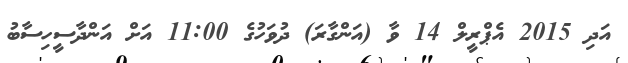
އަދި 2015 އެޕްރީލް 14 ވާ (އަންގާރަ) ދުވަހުގެ 11:00 އަށް އަންދާސީހިސާބު